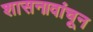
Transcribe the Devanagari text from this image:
शासनावांचून